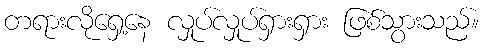
တရားလိုရှေ့နေ လှုပ်လှုပ်ရှားရှား ဖြစ်သွားသည်။